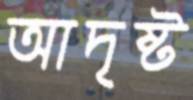
আদৃষ্ট